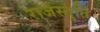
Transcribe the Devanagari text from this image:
राजस्तुति